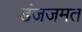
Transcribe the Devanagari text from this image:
डंजजमत